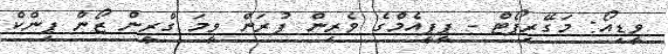
ވީޑިއޯ: މަގޭރިޕޯޓް - ޕީޕީއެމްގެ ވެރިން ފުރަން ވީމަ ގްރީން ޒޯން ޕިންކް